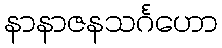
နာနာဇနသင်္ဂဟော